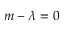
m - \lambda = 0